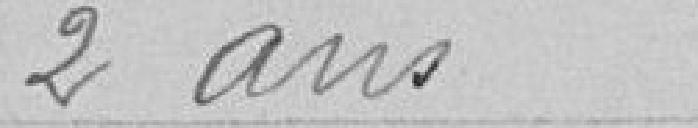
2 ans